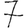
Digit: 7